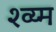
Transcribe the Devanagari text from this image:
श्व्य्म